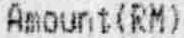
AMOUNT(RM)